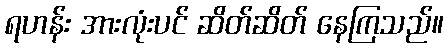
ရဟန်း အားလုံးပင် ဆိတ်ဆိတ် နေကြသည်။